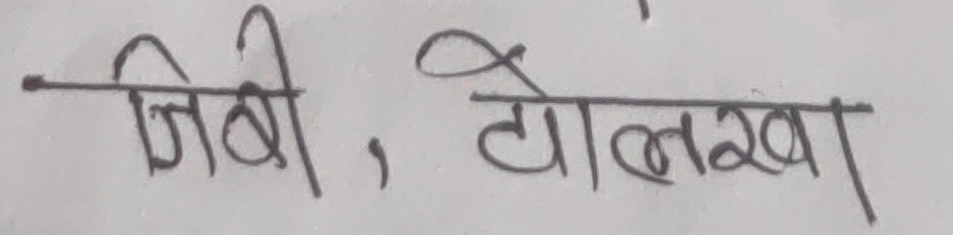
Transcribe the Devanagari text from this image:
जिबी, टोलखा